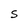
Character: S